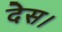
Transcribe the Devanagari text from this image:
देस।